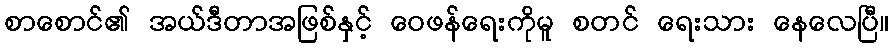
စာစောင်၏ အယ်ဒီတာအဖြစ်နှင့် ဝေဖန်ရေးကိုမူ စတင် ရေးသား နေလေပြီ။